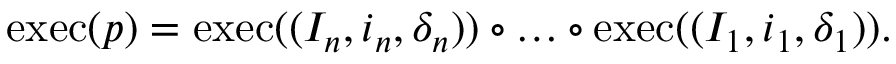
\begin{array} { r } { \mathrm { e x e c } ( p ) = \mathrm { e x e c } ( ( I _ { n } , i _ { n } , \delta _ { n } ) ) \circ \dots \circ \mathrm { e x e c } ( ( I _ { 1 } , i _ { 1 } , \delta _ { 1 } ) ) . } \end{array}